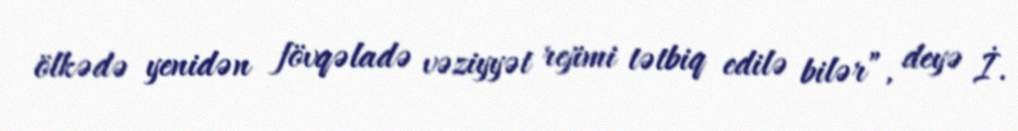
ölkədə yenidən fövqəladə vəziyyət rejimi tətbiq edilə bilər”, deyə İ.